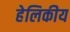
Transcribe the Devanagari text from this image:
हेलिकीय